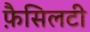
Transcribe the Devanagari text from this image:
फ़ैसिलटी